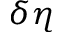
\delta \eta